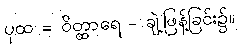
ပုထ = ဝိတ္ထာရေ - ချဲ့ဖြန့်ခြင်း၌။